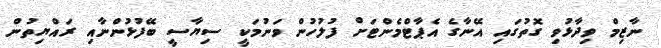
ނާޒިމް ވިދާޅުވި ގޮތުގައި އޭނާގެ އެޕާޓްމެންޓަށް ފުލުހުން ވަނުމަކީ ސިޔާސީ ބޭފުޅުންނާއި ރައްޔިތުން